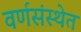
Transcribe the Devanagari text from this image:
वर्णसंस्थेत